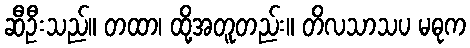
ဆီဦးသည်။ တထာ၊ ထို့အတူတည်း။ တိလသာသပ မဓုက